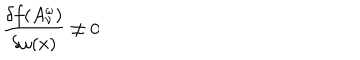
\frac { \delta f ( A _ { \nu } ^ { \omega } ) } { \delta \omega ( x ) } \neq 0